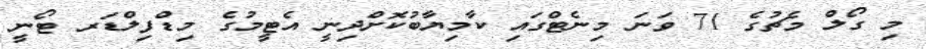
މި ގޯލް މެޗުގެ 71 ވަނަ މިނެޓްގައި ކާމިޔާބުކޮށްދިނީ އެޓީމުގެ މިޑްފިލްޑަރ ޓޯނީ